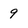
Character: 9